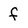
Character: f